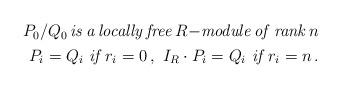
LaTeX: \begin{align*}\begin{aligned} P_0/Q_0 \, {\it is \, a \, locally \, free\,} R{-\it module \, of \, rank\, } n\\ P_i = Q_i \,\, {\it if} \, r_i = 0 \, ,\, \, I_R \cdot P_i = Q_i \,\,{\it if} \, r_i = n \, . \end{aligned}\end{align*}